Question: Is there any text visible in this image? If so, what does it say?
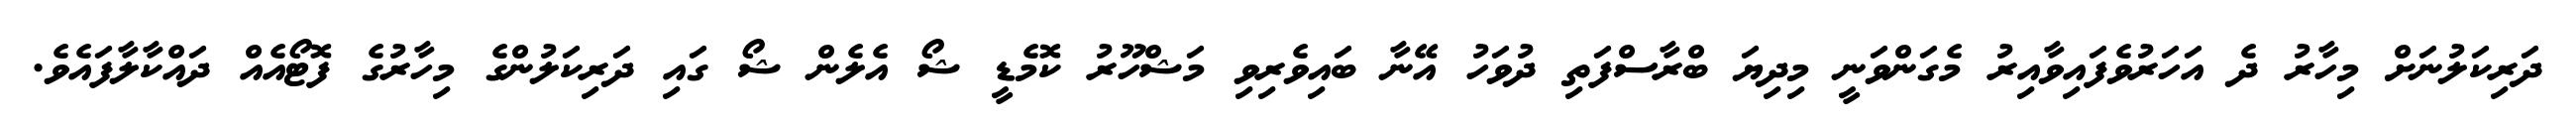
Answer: ދަރިކަލުނަށް މިހާރު ދެ އަހަރުވެފައިވާއިރު މެގަންވަނީ މިދިޔަ ބްރާސްފަތި ދުވަހު އޭނާ ބައިވެރިވި މަޝްހޫރު ކޮމެޑީ ޝޯ އެލެން ޝޯ ގައި ދަރިކަލުންގެ މިހާރުގެ ފޮޓޯއެއް ދައްކާލާފައެވެ.